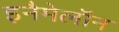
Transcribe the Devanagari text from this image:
इनैमेलॉन